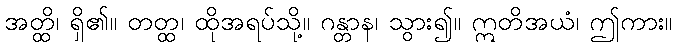
အတ္ထိ၊ ရှိ၏။ တတ္ထ၊ ထိုအရပ်သို့။ ဂန္တာန၊ သွား၍။ ဣတိအယံ၊ ဤကား။